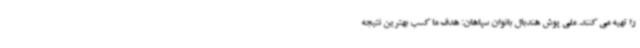
را تهیه می کنند. ملی پوش هندبال بانوان سپاهان: هدف ما کسب بهترین نتیجه